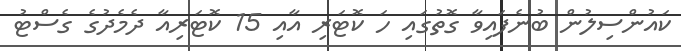
ކައުންސިލުން ބުނެފައިވާ ގޮތުގައި ހަ ކޮޓަރި އާއި 15 ކޮޓަރިއާ ދެމެދުގެ ގެސްޓު